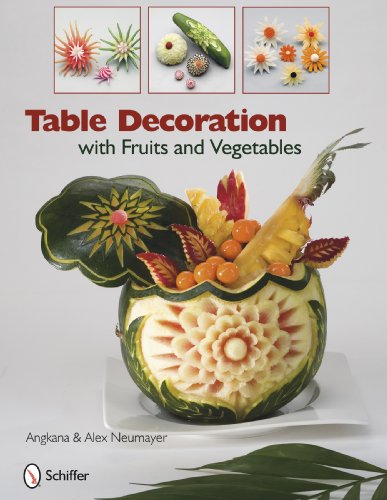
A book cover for Table Decoration with Fruits and Vegetables; Angkana and Alex Neumayer; Cookbooks, Food & Wine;